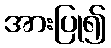
အားပြု၍